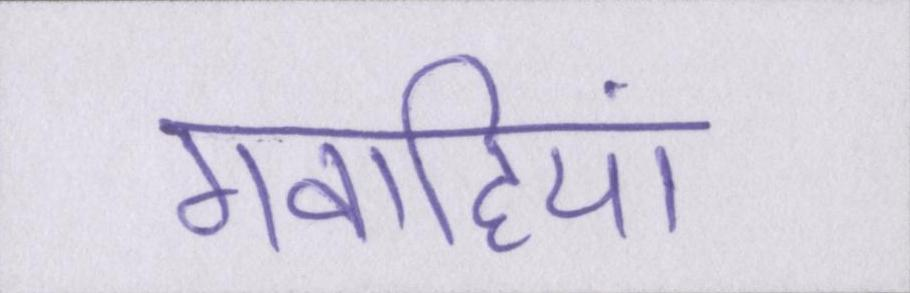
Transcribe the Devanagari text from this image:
गवाहियां